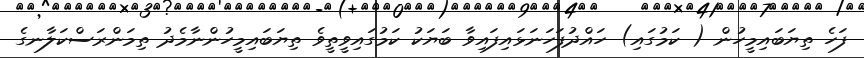
ފަހެ ތިޔަބައިމީހުން ( ކަމުގައި) ހައްދުފަހަނަޅައިފައިވާ ބަޔަކު ކަމުގައިވީތީވެ ތިޔަބައިމީހުންނާމެދު ތިމަންރަސްކަލާނގެ